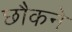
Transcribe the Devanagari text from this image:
छौकने